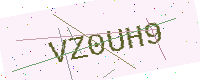
Text: VZ0UH9